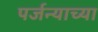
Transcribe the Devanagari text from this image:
पर्जन्याच्या